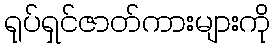
ရုပ်ရှင်ဇာတ်ကားများကို